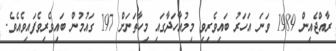
ރާއްޖެއިން 1989 ވަނަ އަހަރު ބައިވެރިވި މިމުއާހަދާގައި މިހާތަނަށް 197 ގައުމުން ބައިވެރިވެފައިވެއެވެ.